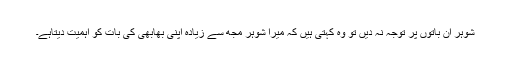
شوہر ان باتوں پر توجہ نہ دیں تو وہ کہتی ہیں کہ میرا شوہر مجھ سے زیادہ اپنی بھابھی کی بات کو اہمیت دیتاہے۔